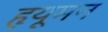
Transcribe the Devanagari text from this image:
हृयूमन